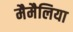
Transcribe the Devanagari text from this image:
मैमैलिया